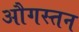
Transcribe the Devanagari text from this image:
औगस्तन